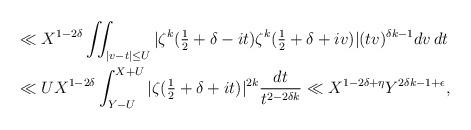
LaTeX: \begin{align*} &\ll X^{1-2\delta} \iint_{|v-t| \le U} |\zeta^k(\tfrac12+\delta-it)\zeta^k(\tfrac12+\delta+iv)|(tv)^{\delta k-1} dv \, dt\\&\ll U X^{1-2\delta} \int_{Y-U}^{X+U} |\zeta(\tfrac12+\delta+it)|^{2k}\frac{dt}{t^{2-2\delta k}} \ll X^{1-2\delta+\eta} Y^{2\delta k-1+\epsilon},\end{align*}